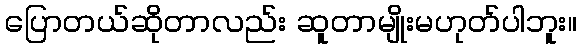
ပြောတယ်ဆိုတာလည်း ဆူတာမျိုးမဟုတ်ပါဘူး။